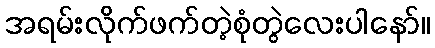
အရမ်းလိုက်ဖက်တဲ့စုံတွဲလေးပါနော်။